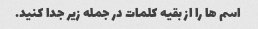
اسم ها را از بقیه کلمات در جمله زیر جدا کنید.